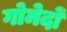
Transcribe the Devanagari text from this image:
गोमेदों